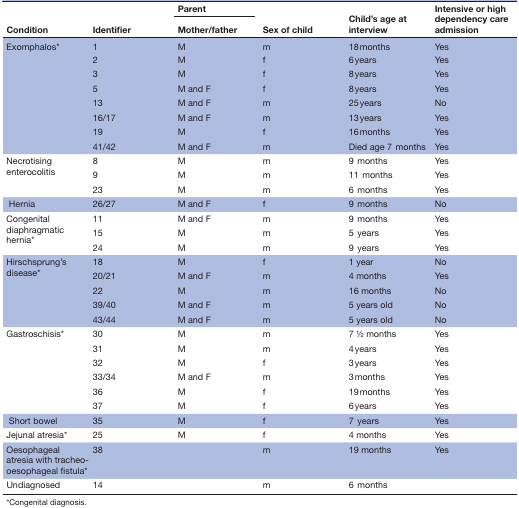
<table><thead><tr><td rowspan="2"><b>Condition</b></td><td rowspan="2"><b>Identifier</b></td><td><b>Parent</b></td><td rowspan="2"><b>Sex of child</b></td><td rowspan="2"><b>Child’s age at interview</b></td><td rowspan="2"><b>Intensive or high dependency care admission</b></td></tr><tr><td><b>Mother/father</b></td></tr></thead><tbody><tr><td rowspan="8">Exomphalos*</td><td>1</td><td>M</td><td>m</td><td>18 months</td><td>Yes</td></tr><tr><td>2</td><td>M</td><td>f</td><td>6 years</td><td>Yes</td></tr><tr><td>3</td><td>M</td><td>f</td><td>8 years</td><td>Yes</td></tr><tr><td>5</td><td>M and F</td><td>f</td><td>8 years</td><td>Yes</td></tr><tr><td>13</td><td>M and F</td><td>m</td><td>25 years</td><td>No</td></tr><tr><td>16/17</td><td>M and F</td><td>m</td><td>13 years</td><td>Yes</td></tr><tr><td>19</td><td>M</td><td>f</td><td>16 months</td><td>Yes</td></tr><tr><td>41/42</td><td>M and F</td><td>m</td><td>Died age 7months</td><td>Yes</td></tr><tr><td rowspan="3">Necrotising enterocolitis</td><td>8</td><td>M</td><td>m</td><td>9months</td><td>Yes</td></tr><tr><td>9</td><td>M</td><td>m</td><td>11months</td><td>Yes</td></tr><tr><td>23</td><td>M</td><td>m</td><td>6months</td><td>Yes</td></tr><tr><td>Hernia</td><td>26/27</td><td>M and F</td><td>f</td><td>9months</td><td>No</td></tr><tr><td rowspan="3">Congenital diaphragmatic hernia*</td><td>11</td><td>M and F</td><td>m</td><td>9months</td><td>Yes</td></tr><tr><td>15</td><td>M</td><td>m</td><td>5years</td><td>Yes</td></tr><tr><td>24</td><td>M</td><td>m</td><td>9years</td><td>Yes</td></tr><tr><td rowspan="5">Hirschsprung’s disease*</td><td>18</td><td>M</td><td>f</td><td>1 year</td><td>No</td></tr><tr><td>20/21</td><td>M and F</td><td>m</td><td>4 months</td><td>Yes</td></tr><tr><td>22</td><td>M</td><td>m</td><td>16 months</td><td>No</td></tr><tr><td>39/40</td><td>M and F</td><td>m</td><td>5 years old</td><td>No</td></tr><tr><td>43/44</td><td>M and F</td><td>m</td><td>5 years old</td><td>No</td></tr><tr><td rowspan="6">Gastroschisis*</td><td>30</td><td>M</td><td>m</td><td>7 1⁄2 months</td><td>Yes</td></tr><tr><td>31</td><td>M</td><td>m</td><td>4 years</td><td>Yes</td></tr><tr><td>32</td><td>M</td><td>f</td><td>3 years</td><td>Yes</td></tr><tr><td>33/34</td><td>M and F</td><td>m</td><td>3 months</td><td>Yes</td></tr><tr><td>36</td><td>M</td><td>f</td><td>19 months</td><td>Yes</td></tr><tr><td>37</td><td>M</td><td>f</td><td>6 years</td><td>Yes</td></tr><tr><td>Short bowel</td><td>35</td><td>M</td><td>f</td><td>7years</td><td>Yes</td></tr><tr><td>Jejunal atresia*</td><td>25</td><td>M</td><td>f</td><td>4 months</td><td>Yes</td></tr><tr><td>Oesophageal atresia with tracheo-oesophageal fistula*</td><td>38</td><td></td><td>m</td><td>19 months</td><td>Yes</td></tr><tr><td>Undiagnosed</td><td>14</td><td></td><td>m</td><td>6months</td><td></td></tr></tbody></table>